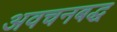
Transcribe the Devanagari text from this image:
अवचनबद्ध